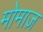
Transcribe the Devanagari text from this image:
मोमाज़